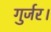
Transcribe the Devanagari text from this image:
गुर्जर।